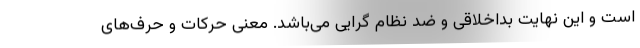
است و این نهایت بداخلاقی و ضد نظام گرایی می‌باشد. معنی حرکات و حرف‌های